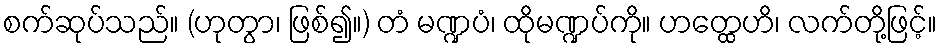
စက်ဆုပ်သည်။ (ဟုတွာ၊ ဖြစ်၍။) တံ မဏ္ဍပံ၊ ထိုမဏ္ဍပ်ကို။ ဟတ္ထေဟိ၊ လက်တို့ဖြင့်။